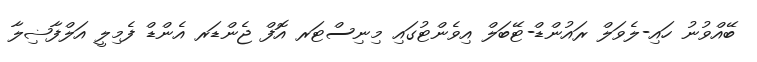
ބޭއްވުނު ހައި-ލެވަލް ރައުންޑް-ޓޭބަލް އިވެންޓުގައި މިނިސްޓަރ އޮފް ޖެންޑަރ އެންޑް ފެމިލީ އަލްފާޟިލާ